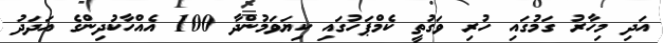
އަދި މިހާރު ގަމުގައި ހުރި ވަގުތީ ކެމްޕަހުގައި ކިޔަވަމުންދާ 100 އެއްހާކުދިންގެ އަދަދު